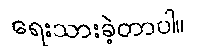
ရေးသားခဲ့တာပါ။